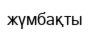
жүмбақты